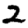
Digit: 2